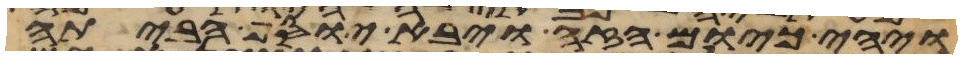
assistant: ויהי כיום הזה ויבא יוסף הביתה